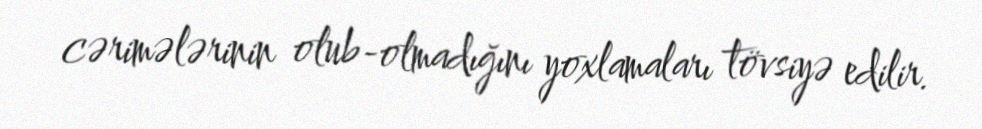
cərimələrinin olub-olmadığını yoxlamaları tövsiyə edilir.